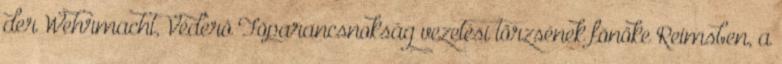
der Wehrmacht, Véderõ Fõparancsnokság vezetési törzsének fõnöke Reimsben, a